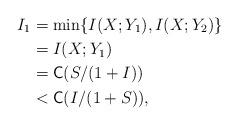
LaTeX: \begin{align*}I_1 &= \min\{I(X;Y_1), I(X;Y_2)\} \\&= I(X;Y_1)\\& = \textsf{C}(S/(1+I)) \\&< \textsf{C}(I/(1+S)),\end{align*}